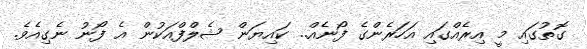
ގޮތުގައި މީ އިރެއްގައި އަހަރެންގެ ފޯނެއް.. ކައިޔަން ޝެލްފްއަކުން އެ ފޯނު ނެގިއެވެ.